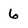
Character: 6